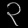
Digit: ၃